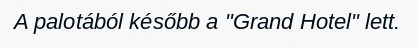
A palotából később a "Grand Hotel" lett.